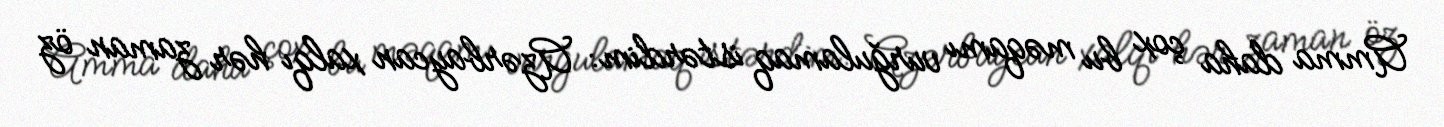
Amma daha çox bu məqamı vurğulamaq istərdim: Azərbaycan xalqı hər zaman öz